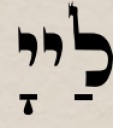
לַייָ